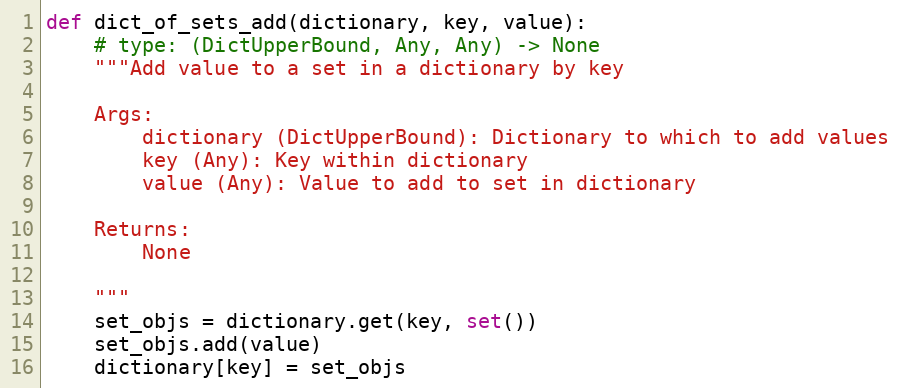
Language: Python
def dict_of_sets_add(dictionary, key, value):
    # type: (DictUpperBound, Any, Any) -> None
    """Add value to a set in a dictionary by key

    Args:
        dictionary (DictUpperBound): Dictionary to which to add values
        key (Any): Key within dictionary
        value (Any): Value to add to set in dictionary

    Returns:
        None

    """
    set_objs = dictionary.get(key, set())
    set_objs.add(value)
    dictionary[key] = set_objs